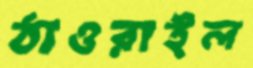
ঠাওরাইল